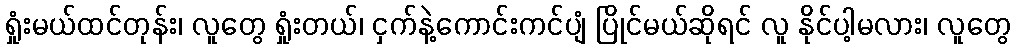
ရှုံးမယ်ထင်တုန်း၊ လူတွေ ရှုံးတယ်၊ ငှက်နဲ့ကောင်းကင်ပျံ ပြိုင်မယ်ဆိုရင် လူ နိုင်ပါ့မလား၊ လူတွေ